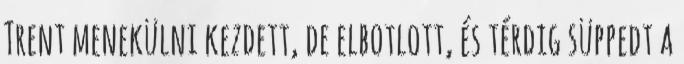
Trent menekülni kezdett, de elbotlott, és térdig süppedt a